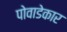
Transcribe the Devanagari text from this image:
पोवाडेकार